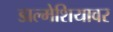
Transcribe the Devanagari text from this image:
डाल्मेशियावर